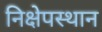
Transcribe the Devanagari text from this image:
निक्षेपस्थान